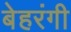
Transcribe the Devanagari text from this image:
बेहरंगी